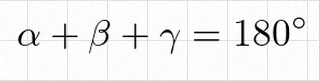
\alpha+\beta+\gamma=180^\circ